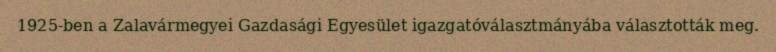
1925-ben a Zalavármegyei Gazdasági Egyesület igazgatóválasztmányába választották meg.